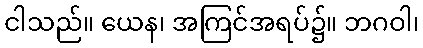
ငါသည်။ ယေန၊ အကြင်အရပ်၌။ ဘဂဝါ၊